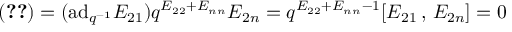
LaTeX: ( \ref { 2 } ) = ( \mathrm { a d } _ { q ^ { - 1 } } E _ { 2 1 } ) q ^ { E _ { 2 2 } + E _ { n n } } E _ { 2 n } = q ^ { E _ { 2 2 } + E _ { n n } - 1 } [ E _ { 2 1 } \, , \, E _ { 2 n } ] = 0